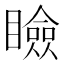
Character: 瞼